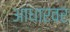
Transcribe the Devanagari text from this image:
आधारवर